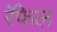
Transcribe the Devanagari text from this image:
रॅफेल